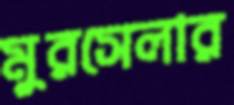
মুরসেলার